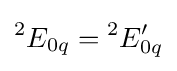
{}^{2}E_{0q}={}^{2}E'_{0q}